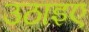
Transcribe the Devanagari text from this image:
उठाइए